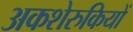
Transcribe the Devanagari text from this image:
अकशेरुकियों